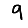
Digit: 9